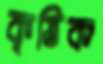
কৃত্তিক